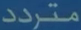
متردد